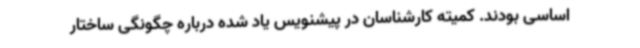
اساسی بودند. کمیته کارشناسان در پیشنویس یاد شده درباره چگونگی ساختار